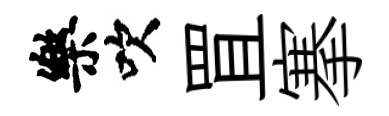
樂吹罝搴